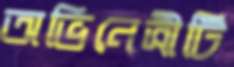
অভিনেত্রীটি